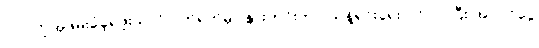
လုပ်လို့ အဖမ်းခံခဲ့ရဖူးသလို ပိတ်ရက်မှာ နွားတင်းကုပ် သန့်ရှင်းရေး ဝင်လုပ်ပြီး အပိုဝင်ငွေ